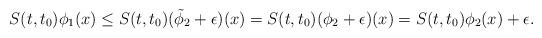
LaTeX: \begin{align*}S(t,t_0)\phi_1(x) \le S(t,t_0)(\tilde \phi_2 + \epsilon)(x) = S(t,t_0)(\phi_2 + \epsilon)(x) = S(t,t_0)\phi_2(x) + \epsilon.\end{align*}